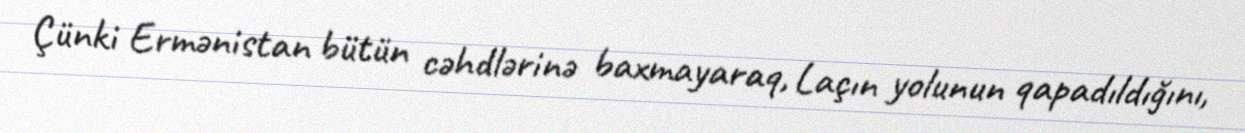
Çünki Ermənistan bütün cəhdlərinə baxmayaraq, Laçın yolunun qapadıldığını,